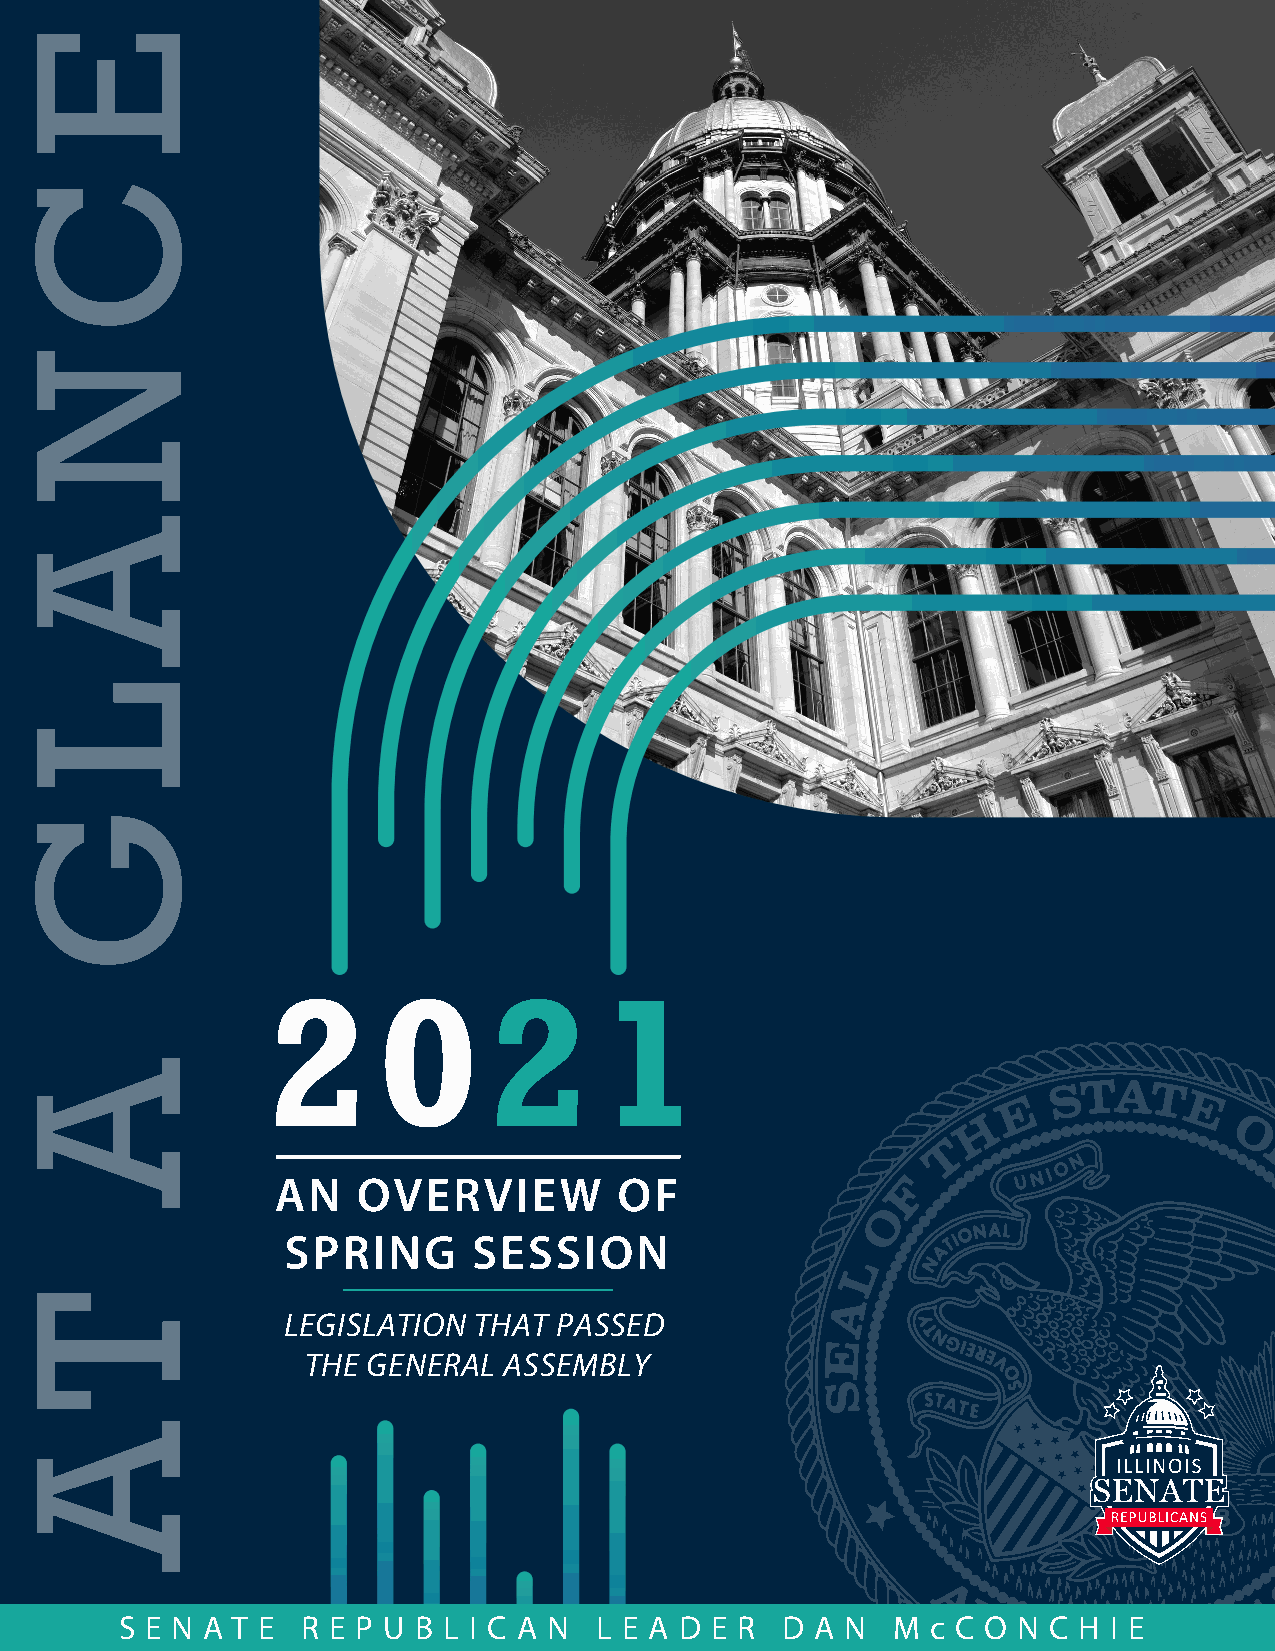
LEGISLATION THAT  PASSED
 THE GENERAL  ASSEMBLY
 S E N A T E R E P U B L I C A N L E A D E R D A N  M  c C O N C H I E